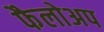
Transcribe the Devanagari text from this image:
फैलोअप